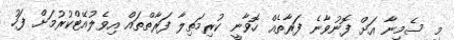
މި ސެމިނާ އަށް ފޮނުވާނެ ފަރާތެއް ހޮވާނީ ކުރިމަތިލާ ފަރާތްތައް އިވެލުއޭޓްކުރުމަށް ފަހު